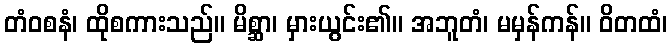
တံဝစနံ၊ ထိုစကားသည်။ မိစ္ဆာ၊ မှားယွင်း၏။ အဘူတံ၊ မမှန်ကန်။ ဝိတထံ၊